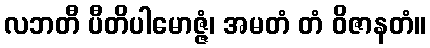
လဘတီ ပီတိပါမောဇ္ဇံ၊ အမတံ တံ ဝိဇာနတံ။